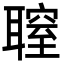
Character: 䏄